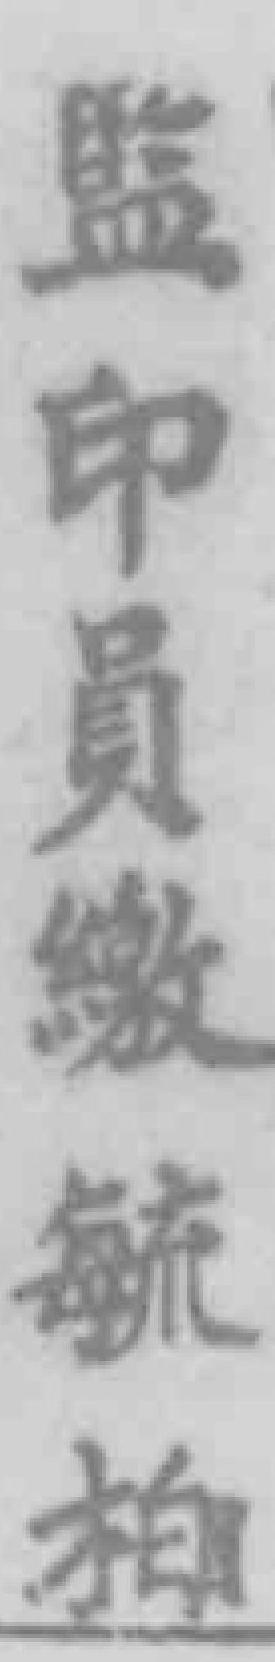
监印員缴毓柏